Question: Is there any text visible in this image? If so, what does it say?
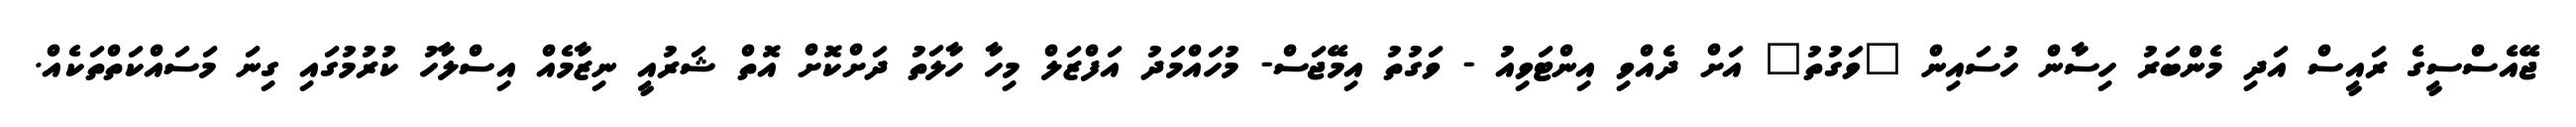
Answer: ޖޭއެސްސީގެ ރައީސް އަދި މެންބަރު ހިސާން ހުސައިން "ވަގުތު" އަށް ދެއްވި އިންޓަވިއު - ވަގުތު އިމޭޖަސް- މުހައްމަދު އަފްޒަލް މިހާ ހާލަތު ދަށްކޮށް އޮތް ޝަރުއީ ނިޒާމެއް އިސްލާހު ކުރުމުގައި ގިނަ މަސައްކަތްތަކެއް.